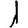
Digit: 1